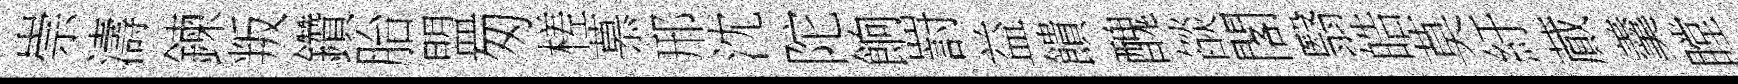
崇濤鍊叛鑽胎盟匆槎慕邢沈陀餉罸益饋醜燄閣翳皓莫紆蕆羹瞠